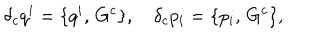
\delta _ { c } q ^ { i } = \{ q ^ { i } , \, G ^ { c } \} , \quad \delta _ { c } p _ { i } = \{ p _ { i } , \, G ^ { c } \} ,